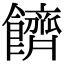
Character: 䭣